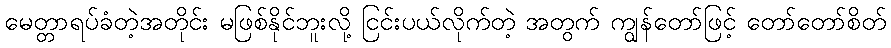
မေတ္တာရပ်ခံတဲ့အတိုင်း မဖြစ်နိုင်ဘူးလို့ ငြင်းပယ်လိုက်တဲ့ အတွက် ကျွန်တော်ဖြင့် တော်တော်စိတ်